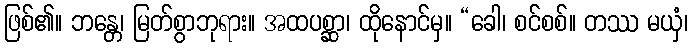
ဖြစ်၏။ ဘန္တေ၊ မြတ်စွာဘုရား။ အထပစ္ဆာ၊ ထိုနောင်မှ။ “ခေါ၊ စင်စစ်။ တဿ မယှံ၊